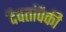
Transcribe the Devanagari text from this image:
दैवतांपैकी